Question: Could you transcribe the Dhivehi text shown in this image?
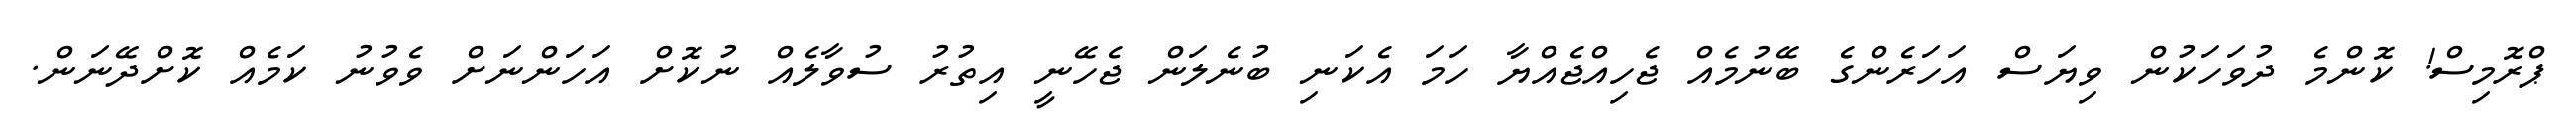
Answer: ޕްރޮމިސް! ކޮންމެ ދުވަހަކުން ވިޔަސް އަހަރެންގެ ބޭނުމެއް ޖެހިއްޖެއްޔާ ހަމަ އެކަނި ބުނެލަން ޖެހޭނީ އިތުރު ސުވާލެއް ނުކޮށް އަހަންނަށް ވެވުނު ކަމެއް ކޮށްދޭނަން.